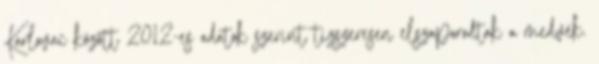
Karlovac között 2012-es adatok szerint tízszeresen elszaporodtak a medvék.